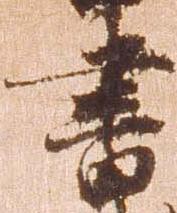
書